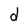
Character: d